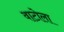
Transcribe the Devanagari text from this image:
वाटोला